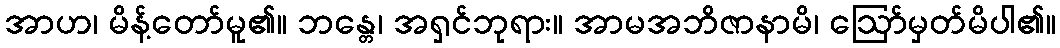
အာဟ၊ မိန့်တော်မူ၏။ ဘန္တေ၊ အရှင်ဘုရား။ အာမအဘိဇာနာမိ၊ ဩော်မှတ်မိပါ၏။